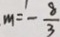
m = - \frac { 8 } { 3 }